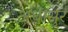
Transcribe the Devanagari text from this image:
अधासुर